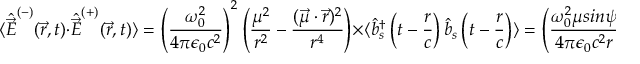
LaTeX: \langle { \hat { \vec { E } } } ^ { ( - ) } ( { \vec { r } } , t ) \cdot { \hat { \vec { E } } } ^ { ( + ) } ( { \vec { r } } , t ) \rangle = \left( { \frac { \omega _ { 0 } ^ { 2 } } { 4 \pi \epsilon _ { 0 } c ^ { 2 } } } \right) ^ { 2 } \left( { \frac { \mu ^ { 2 } } { r ^ { 2 } } } - { \frac { ( { \vec { \mu } } \cdot { \vec { r } } ) ^ { 2 } } { r ^ { 4 } } } \right) \times \langle { \hat { b } } _ { s } ^ { \dagger } \left( t - { \frac { r } { c } } \right) { \hat { b } } _ { s } \left( t - { \frac { r } { c } } \right) \rangle = \left( { \frac { \omega _ { 0 } ^ { 2 } \mu s i n \psi } { 4 \pi \epsilon _ { 0 } c ^ { 2 } r } } \right) ^ { 2 } [ \langle { \hat { R } } _ { k } \left( t - { \frac { r } { c } } \right) \rangle + { \frac { 1 } { 2 } } ]